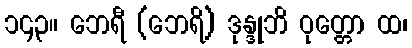
၁၄၃။ ဘေရီ (ဘေရိ) ဒုန္ဒုဘိ ဝုတ္တော ထ၊